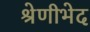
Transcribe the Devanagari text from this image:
श्रेणीभेद